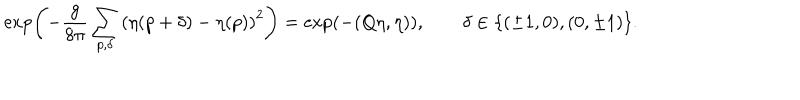
\exp \left( - \frac { g } { 8 \pi } \sum _ { p , \delta } \left( \eta ( p + \delta ) - \eta ( p ) \right) ^ { 2 } \right) = \exp ( - ( Q \eta , \eta ) ) , \qquad \delta \in \{ ( \pm 1 , 0 ) , ( 0 , \pm 1 ) \} .